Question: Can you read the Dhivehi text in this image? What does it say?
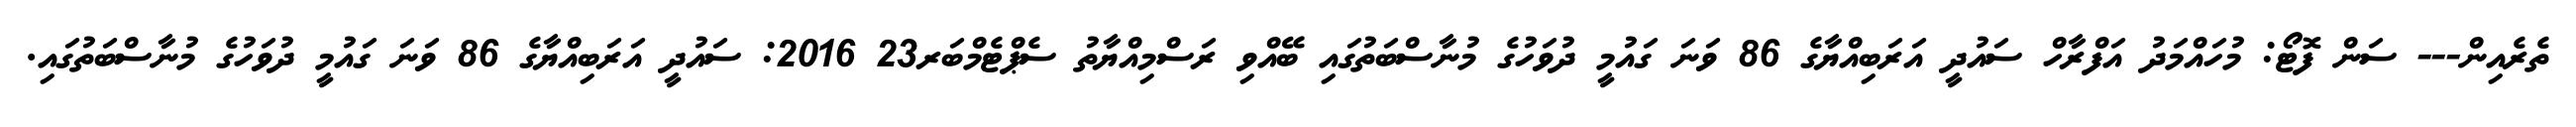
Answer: ތެރެއިން--- ސަން ފޮޓޯ: މުހައްމަދު އަފްރާހް ސައުދީ އަރަބިއްޔާގެ 86 ވަނަ ގައުމީ ދުވަހުގެ މުނާސްބަތުގައި ބޭއްވި ރަސްމިއްޔާތު ސެޕްޓެމްބަރ23 2016: ސައުދީ އަރަބިއްޔާގެ 86 ވަނަ ގައުމީ ދުވަހުގެ މުނާސްބަތުގައި.